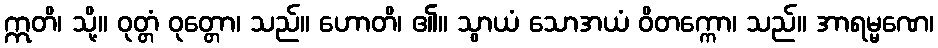
ဣတိ၊ သို့။ ဝုတ္တံ ဝုတ္တော၊ သည်။ ဟောတိ၊ ၏။ သွာယံ သောအယံ ဝိတက္ကော၊ သည်။ အာရမ္မဏေ၊